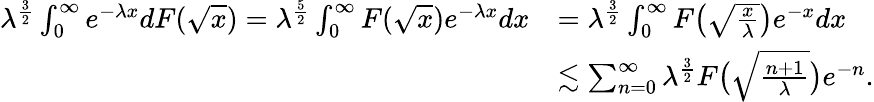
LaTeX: \begin{array}{rl}{\lambda^{\frac{3}{2}}\int_{0}^{\infty}e^{-\lambda x}dF(\sqrt{x})=\lambda^{\frac{5}{2}}\int_{0}^{\infty}F(\sqrt{x})e^{-\lambda x}dx}&{=\lambda^{\frac{3}{2}}\int_{0}^{\infty}F\bigl(\sqrt{\frac{x}{\lambda}}\bigr)e^{-x}dx}\\ &{\lesssim\sum_{n=0}^{\infty}\lambda^{\frac{3}{2}}F\bigl(\sqrt{\frac{n+1}{\lambda}}\bigr)e^{-n}.}\end{array}